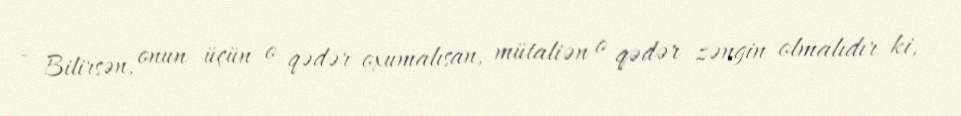
- Bilirsən, onun üçün o qədər oxumalısan, mütaliən o qədər zəngin olmalıdır ki,